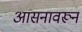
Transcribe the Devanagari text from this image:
आसनावरून